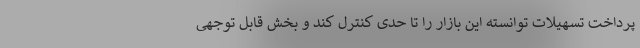
پرداخت تسهیلات توانسته این بازار را تا حدی کنترل کند و بخش قابل توجهی